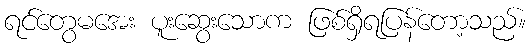
ရင်တွေမအေး ပူးဆွေးသောက ဖြစ်ရှိရပြန်တော့သည်။